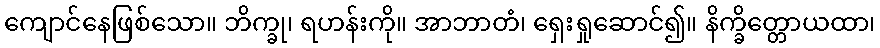
ကျောင်နေဖြစ်သော။ ဘိက္ခု၊ ရဟန်းကို။ အာဘာတံ၊ ရှေးရှုဆောင်၍။ နိက္ခိတ္တောယထာ၊